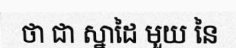
ថា ជា ស្នាដៃ មួយ នៃ